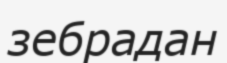
зебрадан